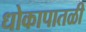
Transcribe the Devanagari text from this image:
धोकापातळी